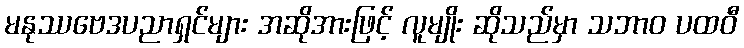
မနုဿဗေဒပညာရှင်များ အဆိုအားဖြင့် လူမျိုး ဆိုသည်မှာ သဘာဝ ပထဝီ